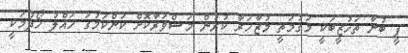
ޕީ ބުނާ ތަހުޒީބަކީ މަގުމަތީ މުޒާހަރާ ކުރުން މަޝްވަރާކޮށް ކަންކަމުގަ ހައްލު ހޯދުމަކީ